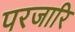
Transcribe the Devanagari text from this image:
परजारि